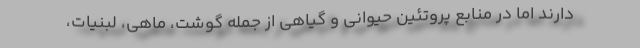
دارند اما در منابع پروتئین حیوانی و گیاهی از جمله گوشت، ماهی، لبنیات،